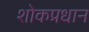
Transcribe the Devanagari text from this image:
शोकप्रधान